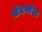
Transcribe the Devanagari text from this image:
संवर्णाना